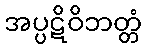
အပ္ပဋိဝိဘတ္တံ